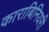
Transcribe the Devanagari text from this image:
काराबिनियरी